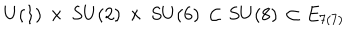
U ( 1 ) \, \times \, S U ( 2 ) \, \times \, S U ( 6 ) \, \subset S U ( 8 ) \, \subset E _ { 7 ( 7 ) }